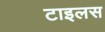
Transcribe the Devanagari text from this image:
टाइलस